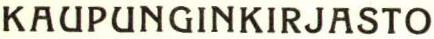
KAUPUNGINKIRJASTO